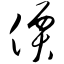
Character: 价